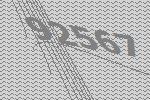
92567